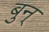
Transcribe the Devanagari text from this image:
बुन्‌